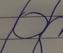
Signature authenticity: forged